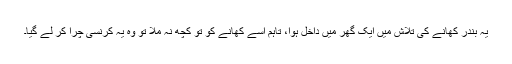
یہ بندر کھانے کی تلاش میں ایک گھر میں داخل ہوا، تاہم اسے کھانے کو تو کچھ نہ ملا تو وہ یہ کرنسی چرا کر لے گیا۔